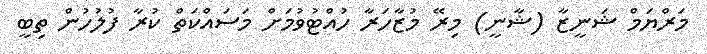
މަރްޔަމް ޝަނީޒާ (ޝާނީ) މިރޭ މުޒާހަރާ ހުއްޓުވުމަށް މަސައްކަތް ކުރާ ފުލުހުން ތިބީ